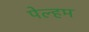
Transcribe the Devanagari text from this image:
पेल्हम